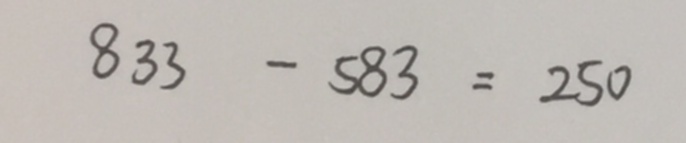
8 3 3 - 5 8 3 = 2 5 0